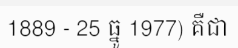
1889 - 25 ធ្នូ 1977) គឺជា